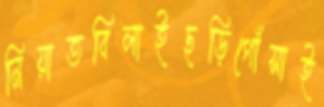
নিয়াতবিলাইছড়িগোঁসাই